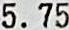
5.75